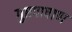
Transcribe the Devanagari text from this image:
गुप्तपाषाण